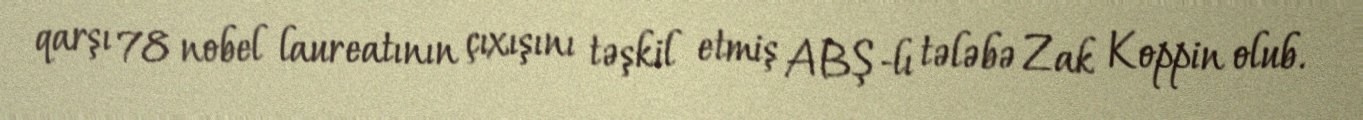
qarşı 78 nobel laureatının çıxışını təşkil etmiş ABŞ-lı tələbə Zak Koppin olub.